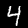
Label: 4